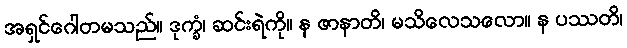
အရှင်ဂေါတမသည်။ ဒုက္ခံ၊ ဆင်းရဲကို။ န ဇာနာတိ၊ မသိလေသလော။ န ပဿတိ၊